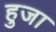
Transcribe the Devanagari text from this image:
हुजा